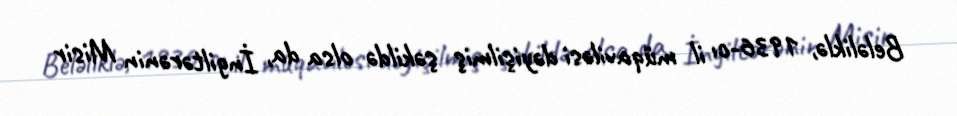
Beləliklə, 1936-cı il müqaviləsi dəyişilmiş şəkildə olsa da, İngiltərənin Misir